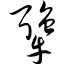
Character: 犟